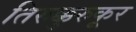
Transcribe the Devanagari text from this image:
तिरुक्कुरुकूर